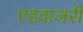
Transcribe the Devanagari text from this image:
एडवाजरी